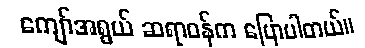
ကျော်အရွယ် ဆရာဝန်က ပြောပါတယ်။